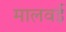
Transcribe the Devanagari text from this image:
मालवई